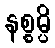
နစ္စမ္ပိ